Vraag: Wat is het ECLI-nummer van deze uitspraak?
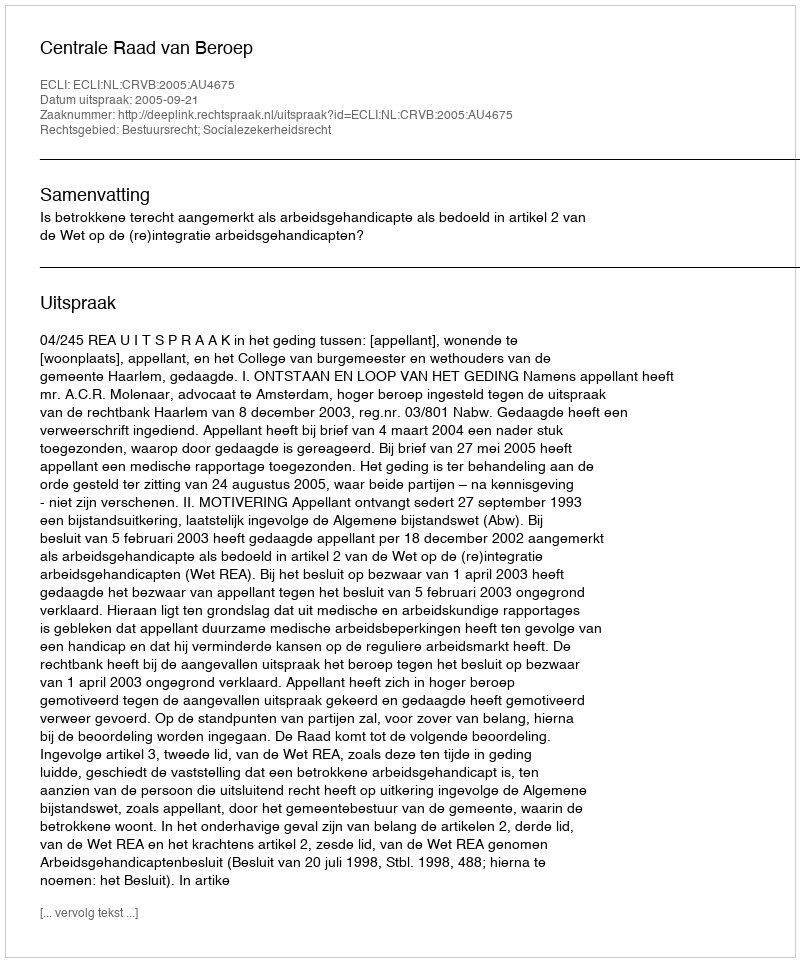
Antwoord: ECLI:NL:CRVB:2005:AU4675